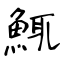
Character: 鮿